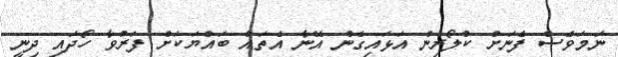
ނަމަވެސް ފެނަށް ކްލޯރިން އަޅައިގެން އޭނާ އެތައް ބައްޔަކަށް ފަރުވާ ހޯދައި ދިނީ